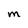
Character: M